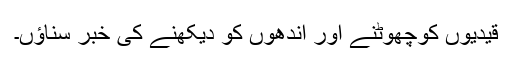
قیدیوں کوچھوٹنے اور اندھوں کو دیکھنے کی خبر سناؤں۔